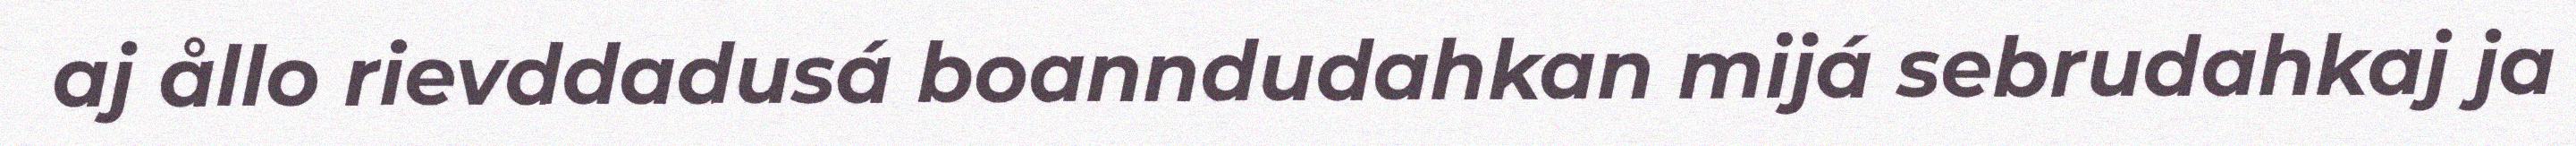
aj ållo rievddadusá boanndudahkan mijá sebrudahkaj ja